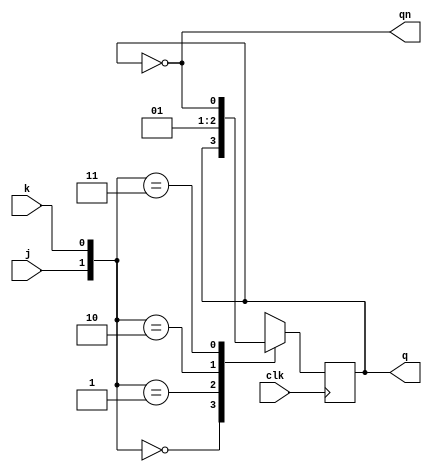
`timescale 1ns / 1ps
//////////////////////////////////////////////////////////////////////////////////
// Company: 
// Engineer: 
// 
// Design Name: 
// Module Name:    ten 
// Project Name: 
// Target Devices: 
// Tool versions: 
// Description: 
//
// Dependencies: 
//
// Revision: 
// Revision 0.01 - File Created
// Additional Comments: 
//
//////////////////////////////////////////////////////////////////////////////////
module JK(clk,j,k,q,qn);
    input clk,j,k;
	 output q,qn;
	 reg q;
	 wire qn;
	 always @(posedge clk)
		begin
			case({j,k})
			2'b00: q<=q;
			2'b01: q<=1'b0;
			2'b10: q<=1'b1;
			2'b11: q<=~q;
			default: q<=q;
			endcase
		end
assign qn=~q;
endmodule